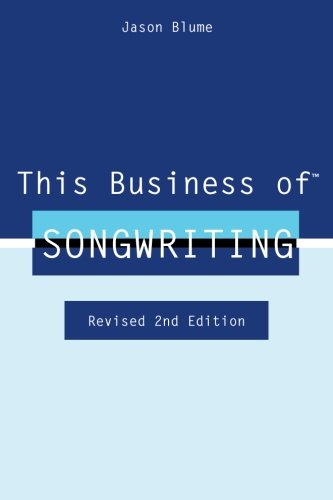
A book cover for This Business of Songwriting: Revised 2nd Edition; Jason Blume; Arts & Photography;